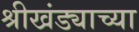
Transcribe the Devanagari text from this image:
श्रीखंड्याच्या